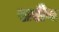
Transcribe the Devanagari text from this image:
खरीथ